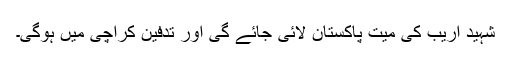
شہید اریب کی میت پاکستان لائی جائے گی اور تدفین کراچی میں ہوگی۔